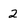
Character: 2